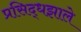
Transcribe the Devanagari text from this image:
प्रसिद्धझाले